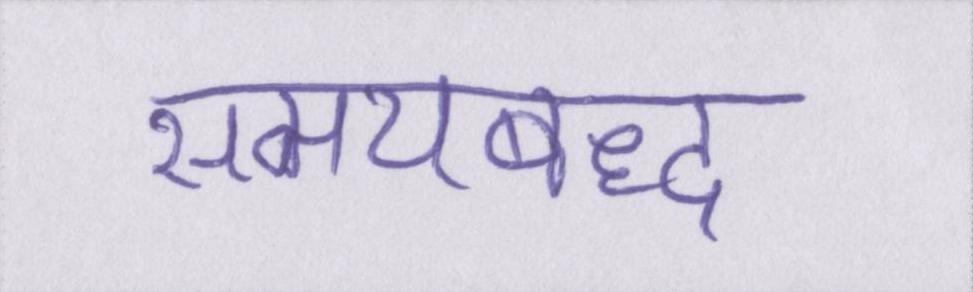
समयबद्ध